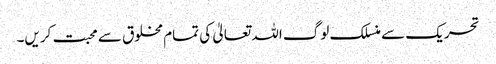
تحریک سے منسلک لوگ اللہ تعالیٰ کی تمام مخلوق سے محبت کریں۔